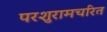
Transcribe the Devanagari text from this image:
परशुरामचरित